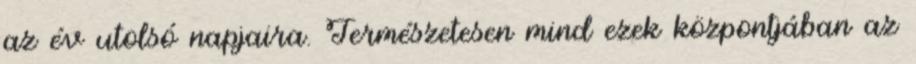
az év utolsó napjaira. Természetesen mind ezek központjában az